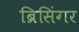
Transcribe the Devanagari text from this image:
ब्रिसिंगर